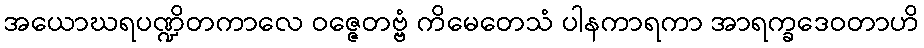
အယောဃရပဏ္ဍိတကာလေ ဝဇ္ဇေတဗ္ဗံ ကိမေတေသံ ပါနကာရကာ အာရက္ခဒေဝတာဟိ